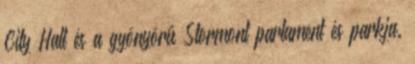
City Hall és a gyönyörű Stormont parlament és parkja.